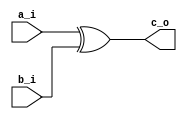
module exorGate(
			input		a_i,
			input		b_i,
			output		c_o
);

assign c_o = a_i ^ b_i;

endmodule